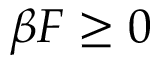
\beta { \cal F } \geq 0